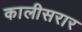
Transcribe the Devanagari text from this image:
कालीसरार